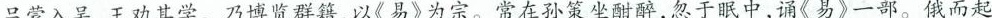
吕蒙入吴，王劝其学。乃博览群籍，以《易》为宗。常在孙策坐酣醉，忽于眠中，诵《易》一部。俄而起